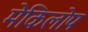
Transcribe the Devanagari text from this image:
मेकिलोप